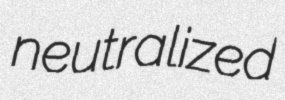
neutralized